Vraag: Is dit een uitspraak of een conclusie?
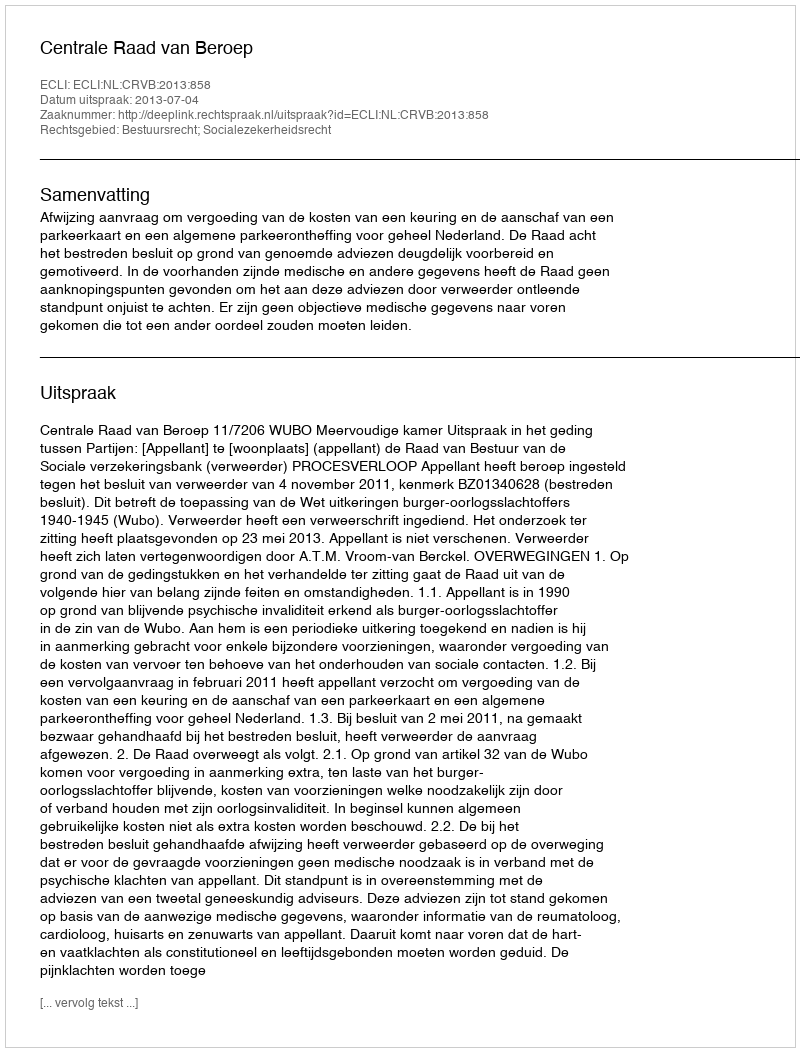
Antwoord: Uitspraak